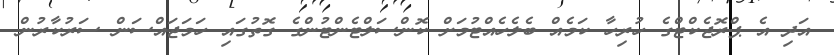
އަދި އެ ޕްރޮޖެކްޓްގެ ހުރިހާ ކަމެއް ބެލެހެއްޓުމަށް ކޮންސަލްޓެންޓުންގެ ގޮތުގައި ހަމަޖައްސަން ސަރުކާރުން